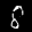
Label: 8